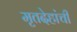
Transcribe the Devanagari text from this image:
मृतदेहांची